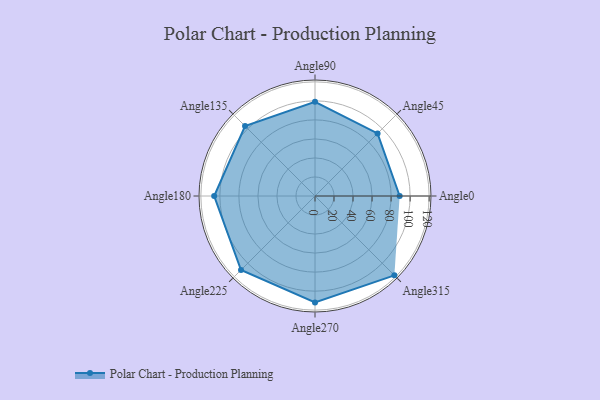
{"axis": {"x": "Angle", "y": "Radius"}, "legend": [""], "data": [{"x": "Angle0", "y": 89.0, "type": ""}, {"x": "Angle45", "y": 93.0, "type": ""}, {"x": "Angle90", "y": 99.0, "type": ""}, {"x": "Angle135", "y": 104.0, "type": ""}, {"x": "Angle180", "y": 106.0, "type": ""}, {"x": "Angle225", "y": 110.0, "type": ""}, {"x": "Angle270", "y": 112.0, "type": ""}, {"x": "Angle315", "y": 118.0, "type": ""}]}